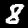
Digit: 8